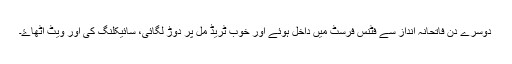
دوسرے دن فاتحانہ انداز سے فٹنس فرسٹ میں داخل ہوئے اور خوب ٹریڈ مل پر دوڑ لگائی، سائیکلنگ کی اور ویٹ اٹھاۓ۔